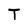
Character: T